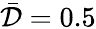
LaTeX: \bar{\mathcal{D}}=0.5